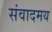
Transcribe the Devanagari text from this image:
संवादमय